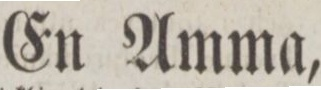
En Amma,